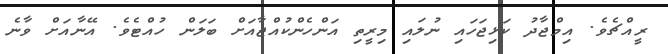
ރީއްޗެވެ. އިމްޖާދު ކަޅިޖަހައި ނުލައި މިރީތި އަންހެންކުއްޖާއަށް ބަލަން ހުއްޓެވެ. އޭނާއަށް ވާނެ